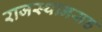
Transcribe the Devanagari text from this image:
राजस्थानसह